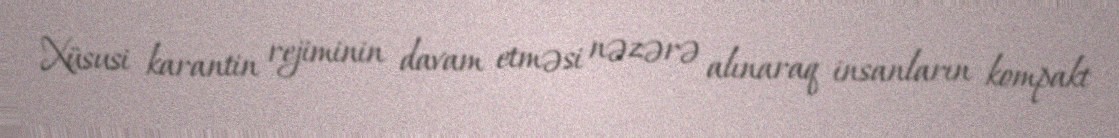
Xüsusi karantin rejiminin davam etməsi nəzərə alınaraq insanların kompakt